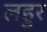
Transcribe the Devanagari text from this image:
लहुर